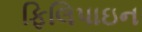
ફિલિપાઇન